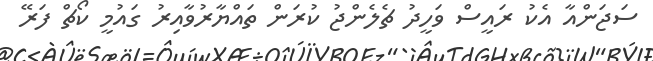
ސަޖަންއާ އެކު ރައީސް ވަހީދު ޗެލެންޖު ކުރަން ތައްޔާރުވާއިރު ގައުމީ ކޯޗް ފަރޭ